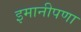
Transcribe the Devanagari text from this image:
इमानीपणा